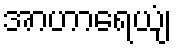
အာဟာရေယျံ